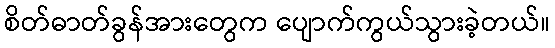
စိတ်ဓာတ်ခွန်အားတွေက ပျောက်ကွယ်သွားခဲ့တယ်။